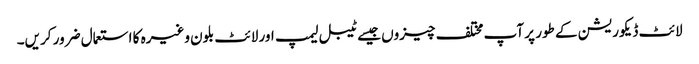
لائٹ ڈیکوریشن کے طور پر آپ مختلف چیزوں جیسے ٹیبل لیمپ اور لائٹ بلون وغیرہ کا استعمال ضرور کریں۔